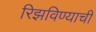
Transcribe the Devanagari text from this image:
रिझविण्याची